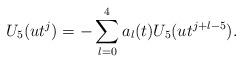
LaTeX: \begin{align*}U_5(ut^j)=-\sum_{l=0}^4a_l(t)U_5(ut^{j+l-5}).\end{align*}